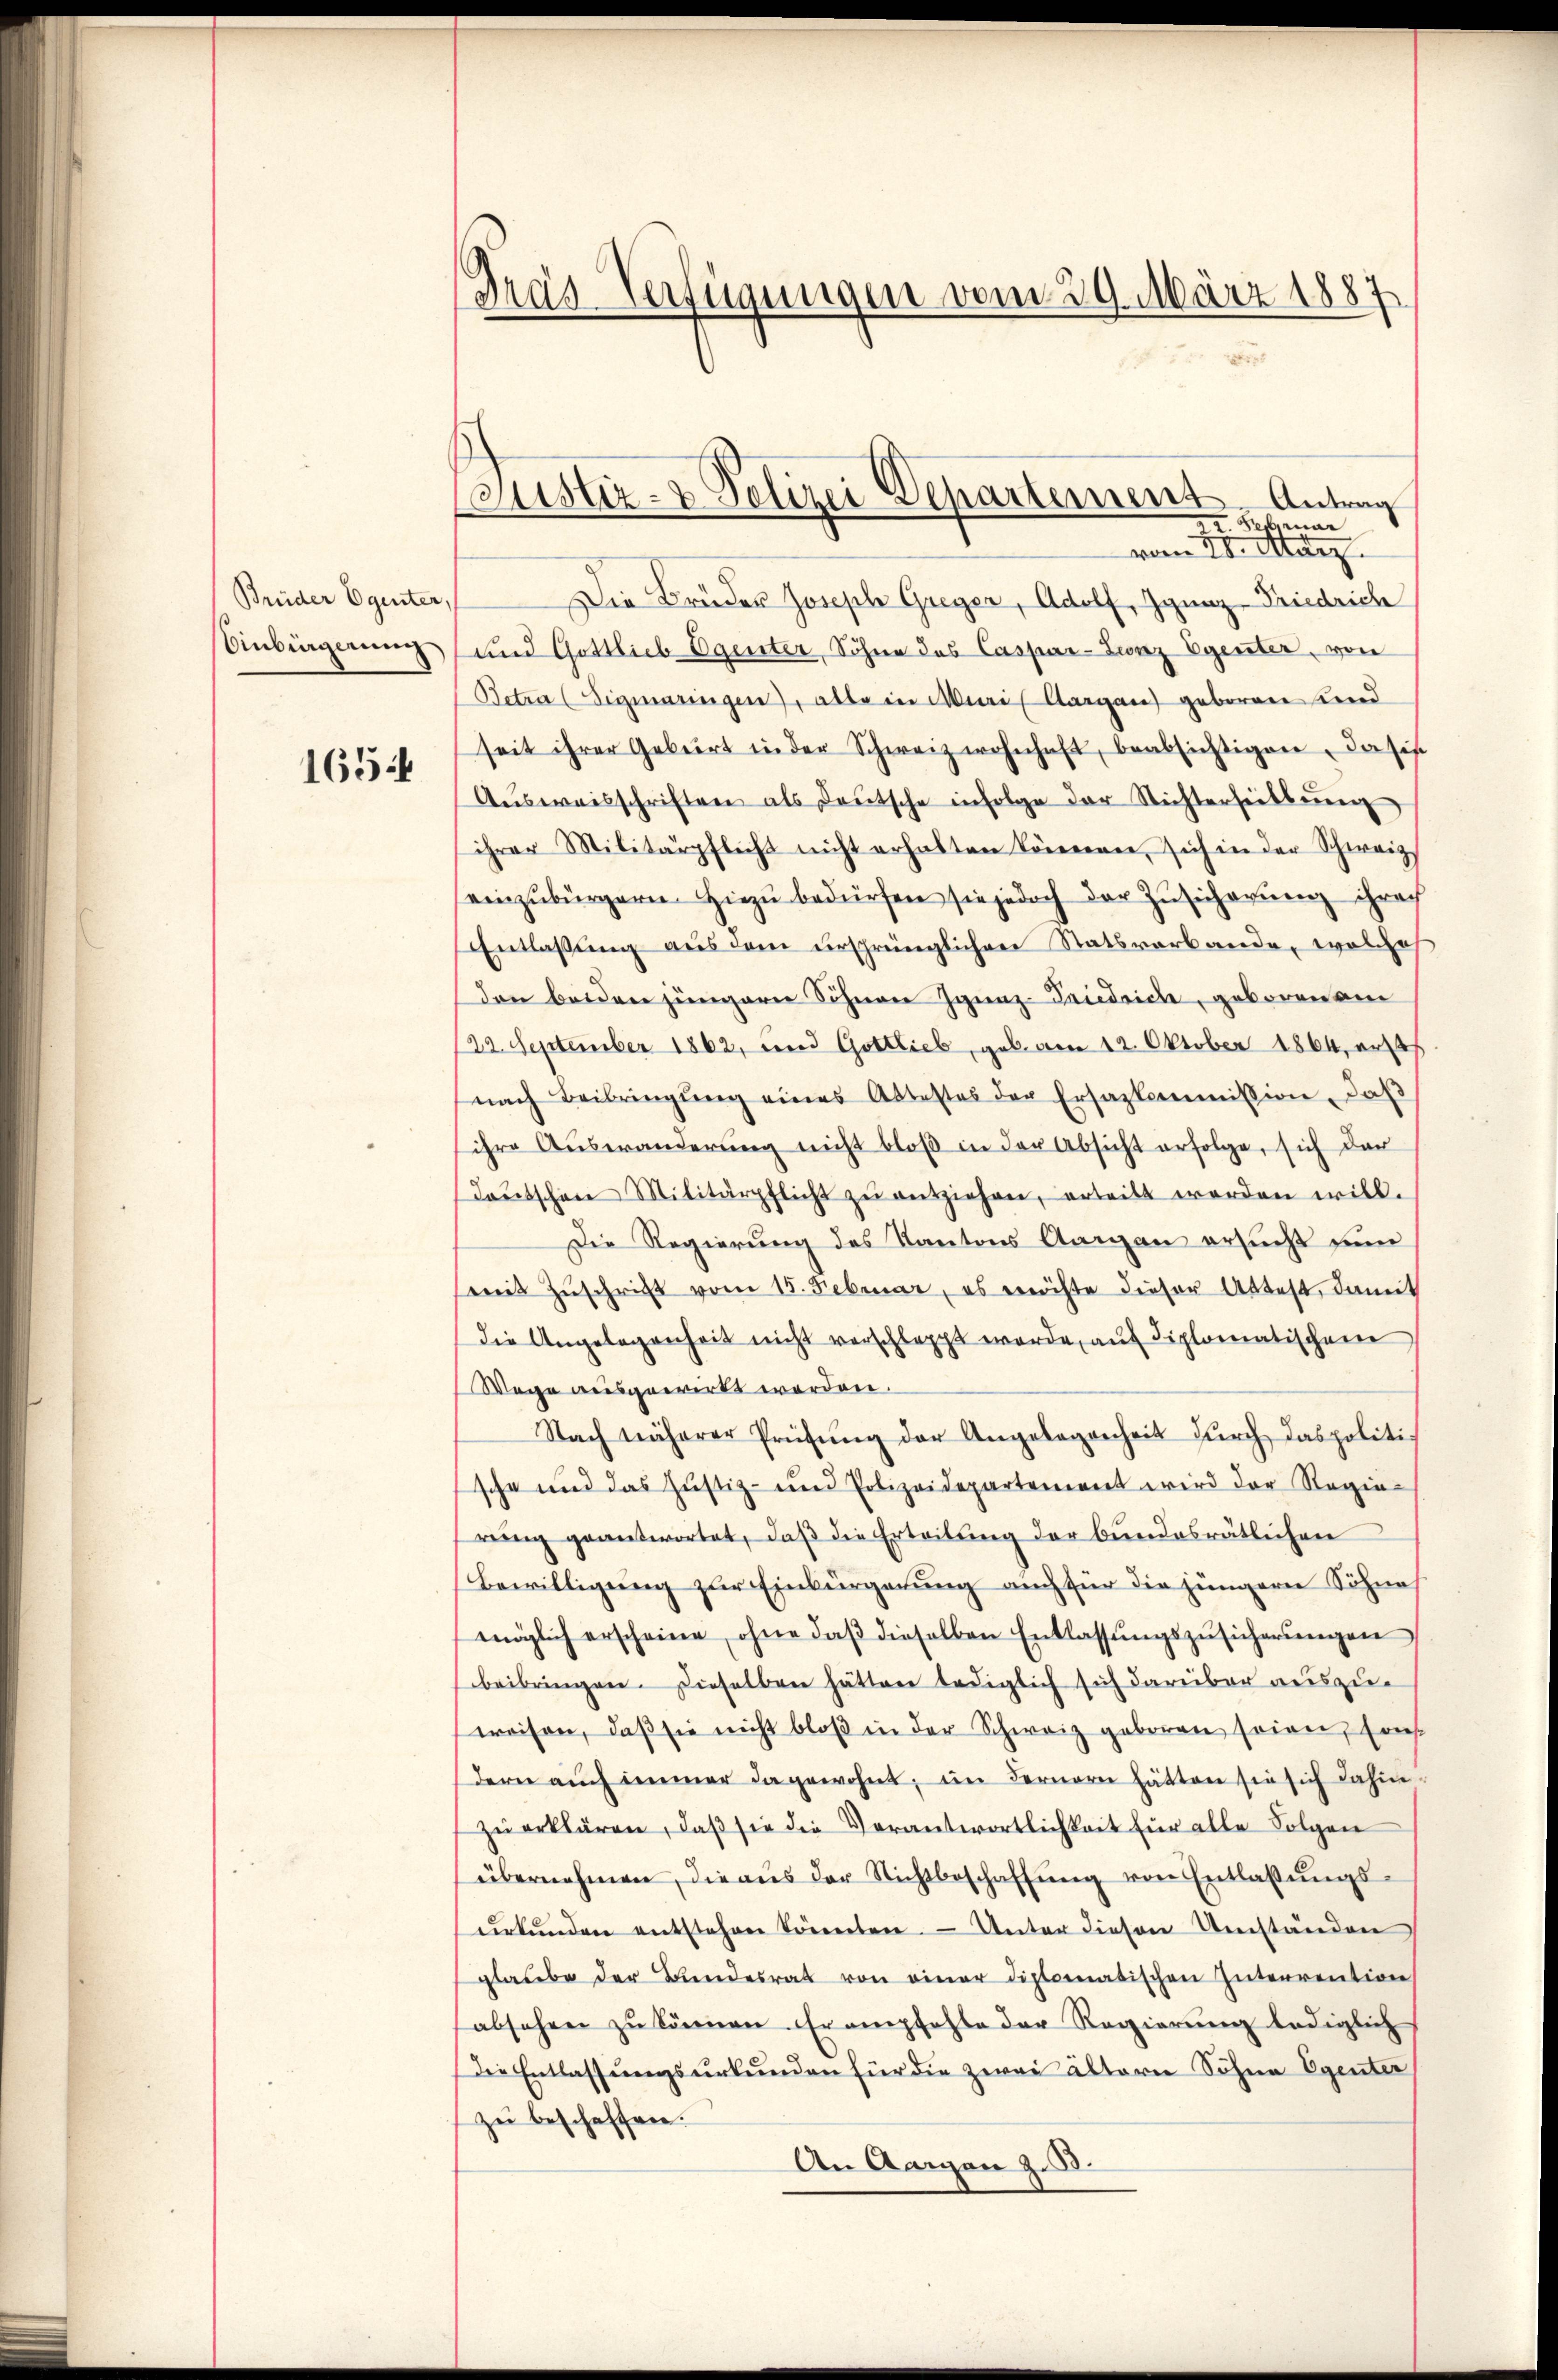
Brüder Egenter,
Einbürgerung

165

Pras-Verfügungen vom 29. März 1887

Justiz- & Polizei Departement. Antrag
Remar
vom 3ten Stattz

Die Brüder Joseph Greger, Adolf, Ignaz-Friedrich
und Gottlieb Egenter, Söhne des Caspar-Zunz Egenter, von
Betra (Sigmaringen, alle in Maris Aargau geboren und
seit ihrer Geburt in der Schweiz wohnhaft, beabsichtigen, dasis
Aŭsweisschriften als deŭtsche infolge der Nichterheittŭng
ihrer Militärpflicht nicht erhalten können, sich in der Schweiz
einzubürgern. Hiezu bedürfen sie jedoch der Zusicherung ihrech
Entlassung aus dem ursprünglichen Statsverbande, welches
den beiden jüngerer Söhnen Ignaz-Friedrich, geborenen
122. September 1862, und Gottlieb, geb. am 12. Oktober 1864, erst
nach Beibringŭng eines Attestes der Ersazkommission, daß
sihre Auswanderung nicht bloß in der Absicht erfolge, sich der
deŭtschen Militärpflicht zŭ entziehen, erteilt werden will.
Die Regierung des Kantons Aargau ersucht nun
mit Zŭschrift vom 15. Februar, es möchte dieser Attest, damit
die Angelegenheit nicht verschleppt werde, auf diplomatischen
Wege ausgewirkt werden.
Nach näherer Prüfŭng der Angelegenheit dŭrch das politi
sche und das Justiz- und Polizeidepartement wird der Regie-
rung geantwortet, daß die Erteilung der bundesrätlichen
Bewilligung zur Einbürgerung auch für die jüngere Söhne
möglich erscheine, ohne daβ dieselben Entlassŭngszŭsicherŭngen
beibringen. Dieselben hätten lediglich sich darüber auszuweisen, daβ sie nicht bloβ in der Schweiz geboren seien, sons
dern aŭch immer da gewohnt; im Fernern hätten sie sich dahin-
zŭ erklären, daß sie die Verantwortlichkeit für alle Folgen
übernehmen, die ans der Nichtbeschaffŭng von Entlassŭngs-
ŭrkŭnden entstehen könnten. Unter diesen Umständen
glaŭbe der Bundesrat von einer diplomatischen Interrention
absehen zŭ können. Er empfehle der Regierŭng lediglich
Die Entlassungsurkunden für die zwei ältern Sohne Egenter
zu beschaffen.
An Aargau z. B.